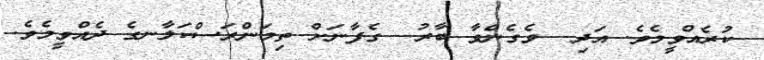
ކުރެއްވީމެވެ. އަދި  ވެގެންވާ ބާރު  ގެފާނަށް ތިމަންރަސްކަލާނގެ ދެއްވީމެވެ.